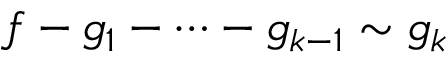
f - g _ { 1 } - \cdots - g _ { k - 1 } \sim g _ { k }